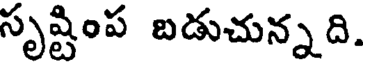
సృష్టింప బడుచున్నది.